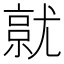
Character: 𡰔